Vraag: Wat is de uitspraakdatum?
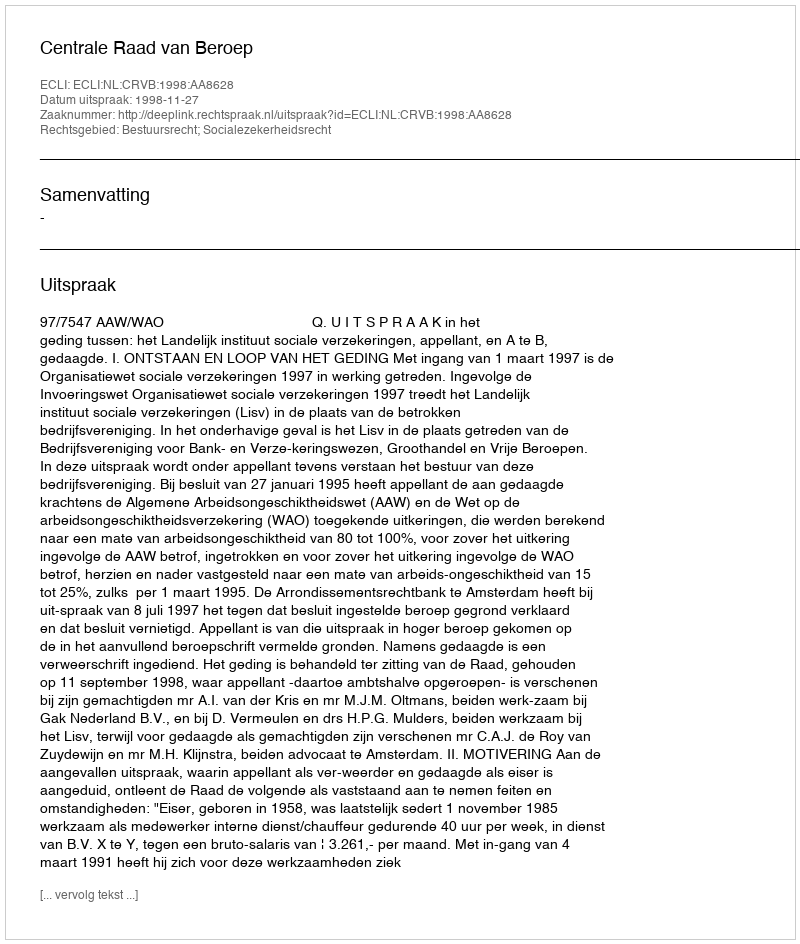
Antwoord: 1998-11-27